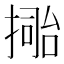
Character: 𢲚